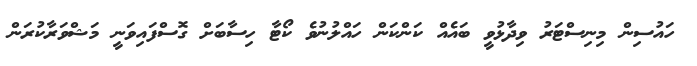
ހައުސިން މިނިސްޓަރު ވިދާޅުވީ ބައެއް ކަންކަން ހައްލުނުވެ ކޯޓާ ހިސާބަށް ގޮސްފައިވަނީ މަޝްވަރާކުރަން